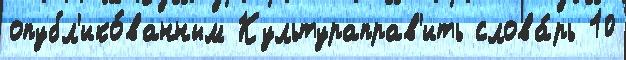
опубл'ико́ванным Культураправ'ить слова́рь 10